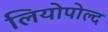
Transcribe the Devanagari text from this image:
लियोपोल्द